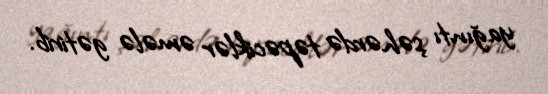
yağıntı şəhərdə təpəciklər əmələ gətirib.